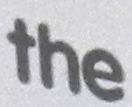
the